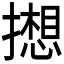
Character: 𫾋